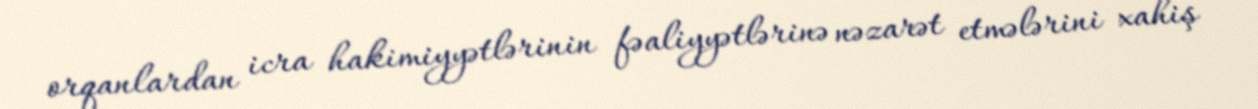
orqanlardan icra hakimiyyətlərinin fəaliyyətlərinə nəzarət etmələrini xahiş